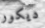
ديكور